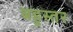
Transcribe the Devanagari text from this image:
बहुस्तर